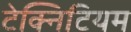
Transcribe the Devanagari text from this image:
टेक्निटियम